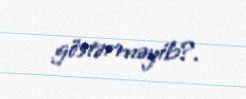
göstərməyib?.